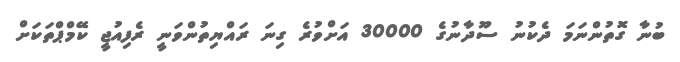
ބުނާ ގޮތުންނަމަ ދެކުނު ސޫދާނުގެ 30000 އަށްވުރެ ގިނަ ރައްޔިތުންވަނީ ރެފިއުޖީ ކޭމްޕްތަކަށް